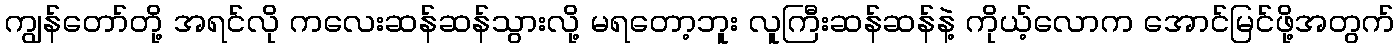
ကျွန်တော်တို့ အရင်လို ကလေးဆန်ဆန်သွားလို့ မရတော့ဘူး လူကြီးဆန်ဆန်နဲ့ ကိုယ့်လောက အောင်မြင်ဖို့အတွက်